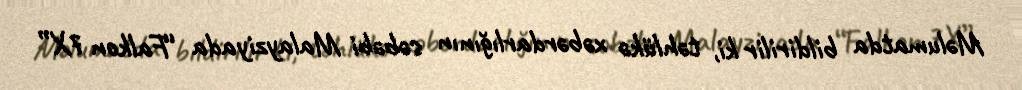
Məlumatda bildirilir ki, təhlükə xəbərdarlığının səbəbi Malayziyada “Falkon 7X”